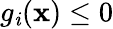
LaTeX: g_{\mathit{i}}(\mathbf{{x}})\leq0